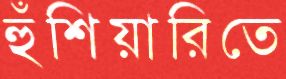
হুঁশিয়ারিতে